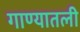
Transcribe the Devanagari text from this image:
गाण्यातली